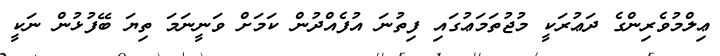
ޢިލްމުވެރިންގެ ދަޢުރަކީ މުޖުތަމަޢުގައި ފިތުނަ އުފެއްދުން ކަމަށް ވަނީނަމަ ތިޔަ ބޭފުޅުން ނަކީ